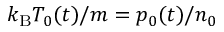
\ensuremath { k _ { \mathrm { B } } } T _ { 0 } ( t ) / m = p _ { 0 } ( t ) / n _ { 0 }